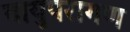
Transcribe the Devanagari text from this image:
वायुपरागण